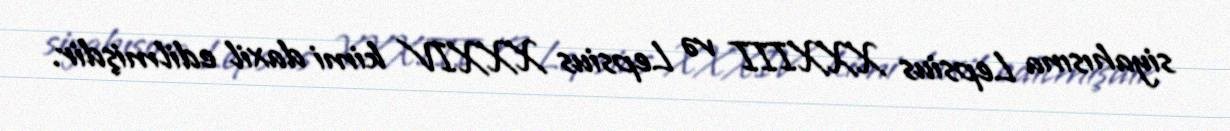
siyahısına Lepsius XXXIII və Lepsius XXXIV kimi daxil edilmişdir.